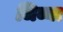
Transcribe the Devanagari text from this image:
जिव्या